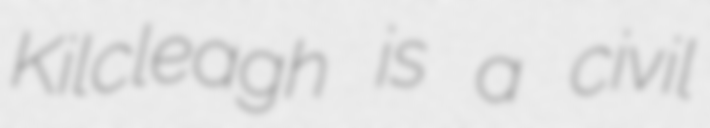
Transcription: Kilcleagh is a civil